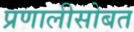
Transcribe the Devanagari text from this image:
प्रणालीसोबत